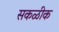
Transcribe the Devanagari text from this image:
सकळीक